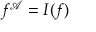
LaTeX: f ^ { \mathcal { A } } = I ( f )